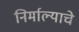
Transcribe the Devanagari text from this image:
निर्माल्याचे